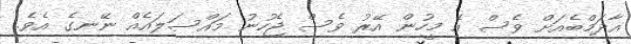
އާދަމްބެއަށް ވެސް އެ މީހުން އޭރު ވެސް ޖެހުނު މައްސަލައެއް ނޭނގެ އެވެ.